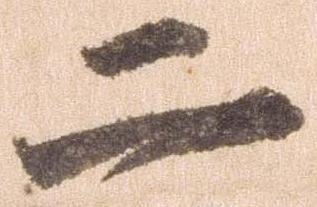
二